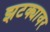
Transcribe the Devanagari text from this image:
झटक्यावर